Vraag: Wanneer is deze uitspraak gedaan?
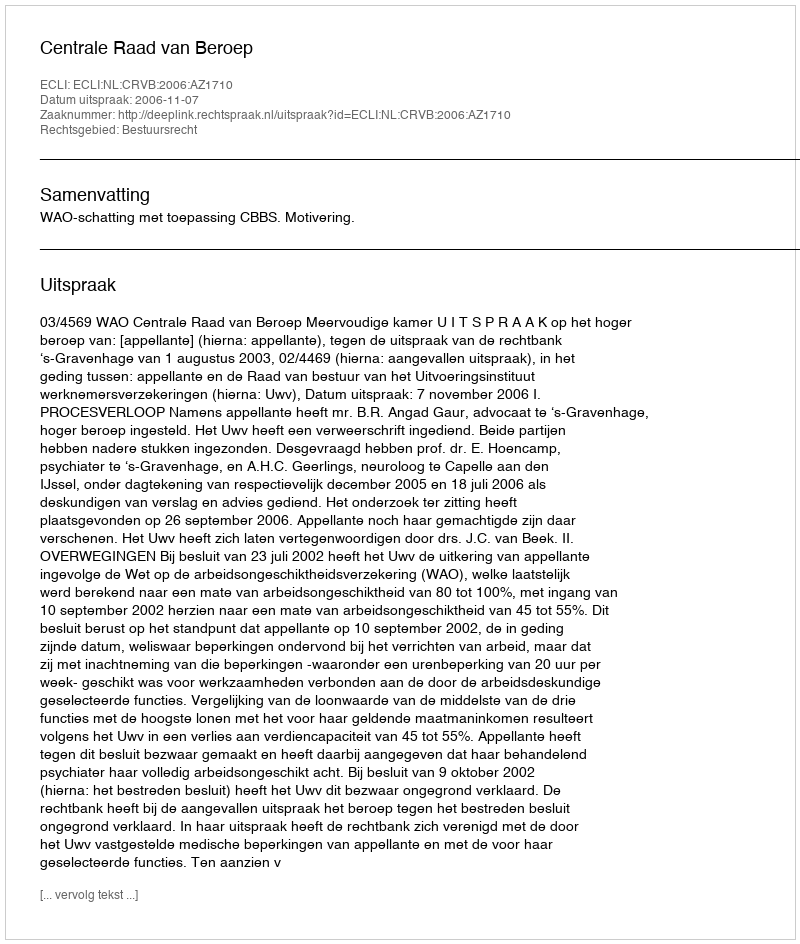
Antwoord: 2006-11-07